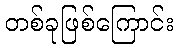
တစ်ခုဖြစ်ကြောင်း